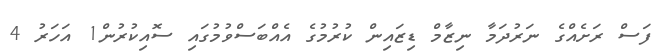
ފަސް ރަށެއްގެ ނަރުދަމާ ނިޒާމް ޑިޒައިން ކުރުމުގެ އެއްބަސްވުމުގައި ސޮއިކުރުން1 އަހަރު 4